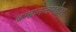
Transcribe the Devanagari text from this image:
ब्रम्हानन्दसहोदर